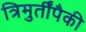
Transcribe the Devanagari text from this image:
त्रिमुर्तींपैकी